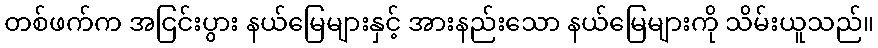
တစ်ဖက်က အငြင်းပွား နယ်မြေများနှင့် အားနည်းသော နယ်မြေများကို သိမ်းယူသည်။